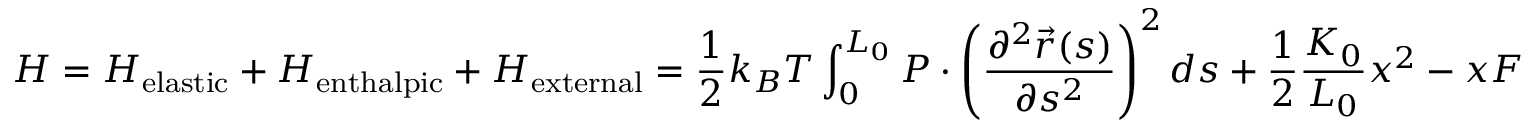
H = H _ { \mathrm { { e l a s t i c } } } + H _ { \mathrm { { e n t h a l p i c } } } + H _ { \mathrm { { e x t e r n a l } } } = { \frac { 1 } { 2 } } k _ { B } T \int _ { 0 } ^ { L _ { 0 } } P \cdot \left( { \frac { \partial ^ { 2 } { \vec { r } } ( s ) } { \partial s ^ { 2 } } } \right) ^ { 2 } d s + { \frac { 1 } { 2 } } { \frac { K _ { 0 } } { L _ { 0 } } } x ^ { 2 } - x F